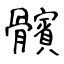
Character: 髕